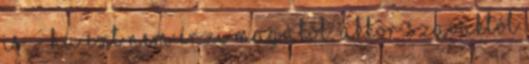
is. - ha ezt nem érzi magától, akkor szavaktól